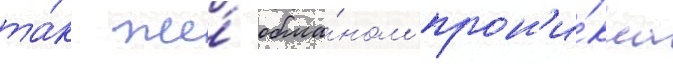
та́к же́ обма́ном прон'и́кла